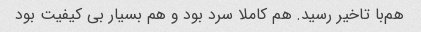
هم‌با تاخیر رسید. هم کاملا سرد بود و هم بسیار بی کیفیت بود